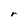
Character: r